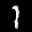
Label: 1